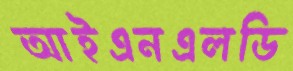
আইএনএলডি